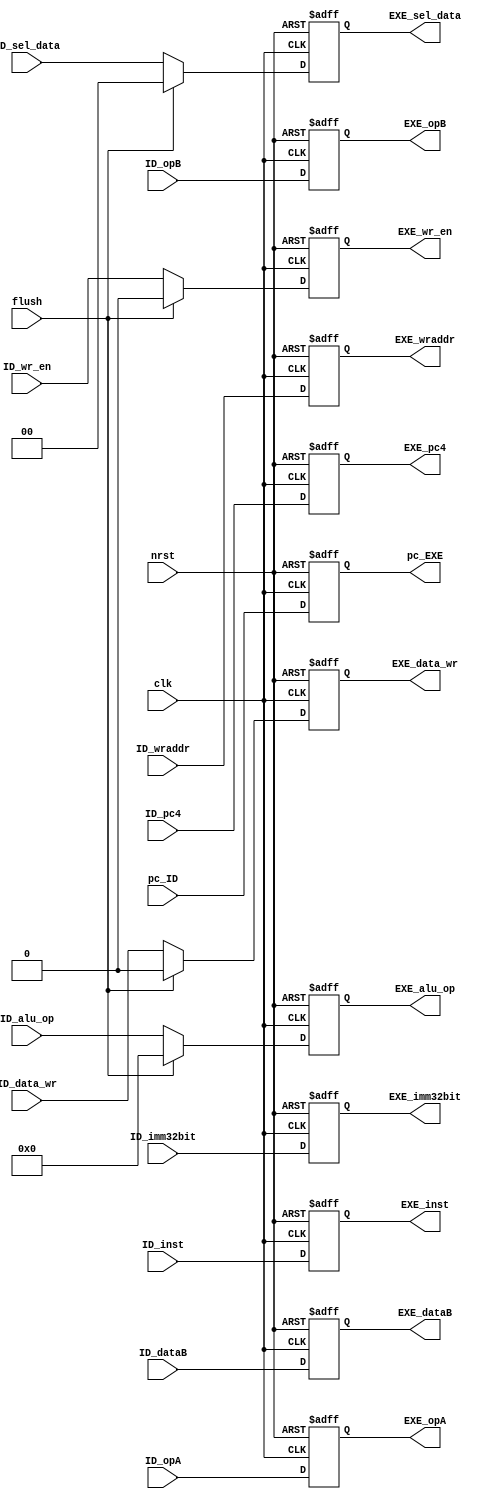
`timescale 1ns/1ps

module id_exe(
	input clk,
	input nrst,
	input flush,
	// inputs
	input [31:0] ID_pc4,
	input [31:0] ID_opA,
	input [31:0] ID_opB,
	input [31:0] ID_dataB,
	input [31:0] ID_imm32bit,
	input [4:0] ID_wraddr,
	input [31:0] pc_ID,
	input [31:0] ID_inst,
	// outputs
	output reg [31:0] EXE_pc4,
	output reg [31:0] EXE_opA,
	output reg [31:0] EXE_opB,
	output reg [31:0] EXE_dataB,
	output reg [31:0] EXE_imm32bit,
	output reg [4:0] EXE_wraddr,
	output reg [31:0] pc_EXE,
	output reg [31:0] EXE_inst,
	// NOTE: add control signals here
	input [5:0] ID_alu_op,
	input ID_data_wr,
	input ID_wr_en,
	input [1:0] ID_sel_data,

	output reg [5:0] EXE_alu_op,
	output reg EXE_data_wr,
	output reg EXE_wr_en,
	output reg [1:0] EXE_sel_data
);
	
	always@(posedge clk or negedge nrst) begin
		if(!nrst) begin
			EXE_pc4 <= 0;
			EXE_opA <= 0;
			EXE_opB <= 0;
			EXE_dataB <= 0;
			EXE_imm32bit <= 0;
			EXE_wraddr <= 0;
			pc_EXE <= 0;
			EXE_inst <= 0;
		end
		else begin
			EXE_pc4 <= ID_pc4;
			EXE_opA <= ID_opA;
			EXE_opB <= ID_opB;
			EXE_dataB <= ID_dataB;
			EXE_imm32bit <= ID_imm32bit;
			EXE_wraddr <= ID_wraddr;
			pc_EXE <= pc_ID;
			EXE_inst <= ID_inst;
		end
	end

	always@(posedge clk or negedge nrst) begin
		if(!nrst) begin
			EXE_alu_op <= 0;
			EXE_data_wr <= 0;
			EXE_wr_en <= 0;
			EXE_sel_data <= 0;
		end
		else begin
			if(flush) begin
				EXE_alu_op <= 0;
				EXE_data_wr <= 0;
				EXE_wr_en <= 0;
				EXE_sel_data <= 0;
			end
			else begin
				EXE_alu_op <= ID_alu_op;
				EXE_data_wr <= ID_data_wr;
				EXE_wr_en <= ID_wr_en;
				EXE_sel_data <= ID_sel_data;
			end
		end
	end
endmodule